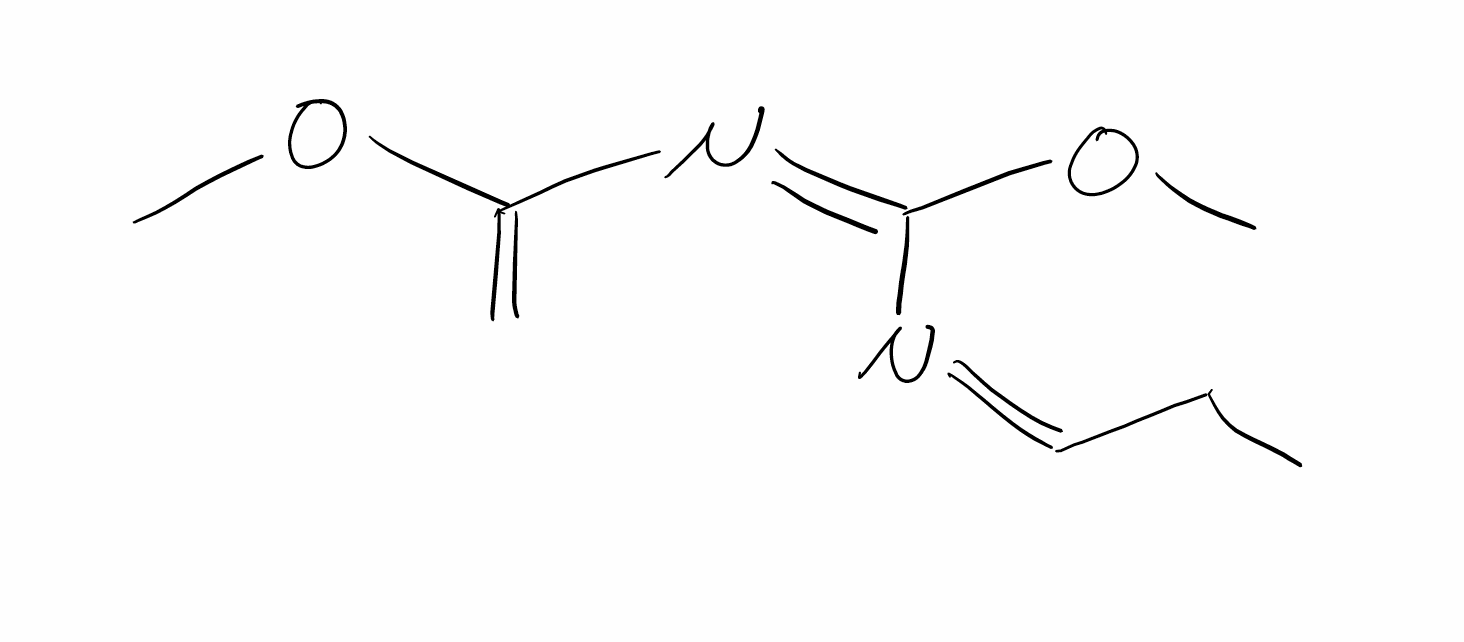
Simplified molecular-input line-entry system (SMILES) notation of the given molecule:
CC/C=N\C(=N/C(=C)OC)\OC